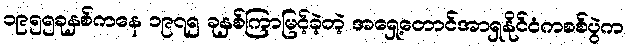
၁၉၅၅ခုနှစ်ကနေ ၁၉၇၅ ခုနှစ်ကြာမြင့်ခဲ့တဲ့ အရှေ့တောင်အာရှနိုင်ငံကစစ်ပွဲက